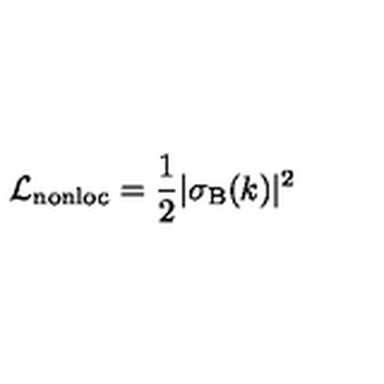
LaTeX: \mathcal { L } _ { \mathrm { n o n l o c } } = { \frac { 1 } { 2 } } | \sigma _ { \mathrm { B } } ( k ) | ^ { 2 }